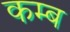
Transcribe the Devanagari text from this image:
कम्ब